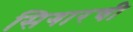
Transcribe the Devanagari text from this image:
सिगारची